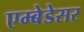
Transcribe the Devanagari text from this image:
एम्बेडेसर